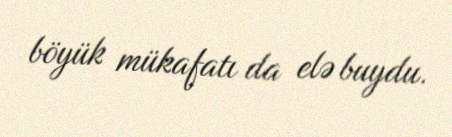
böyük mükafatı da elə buydu.